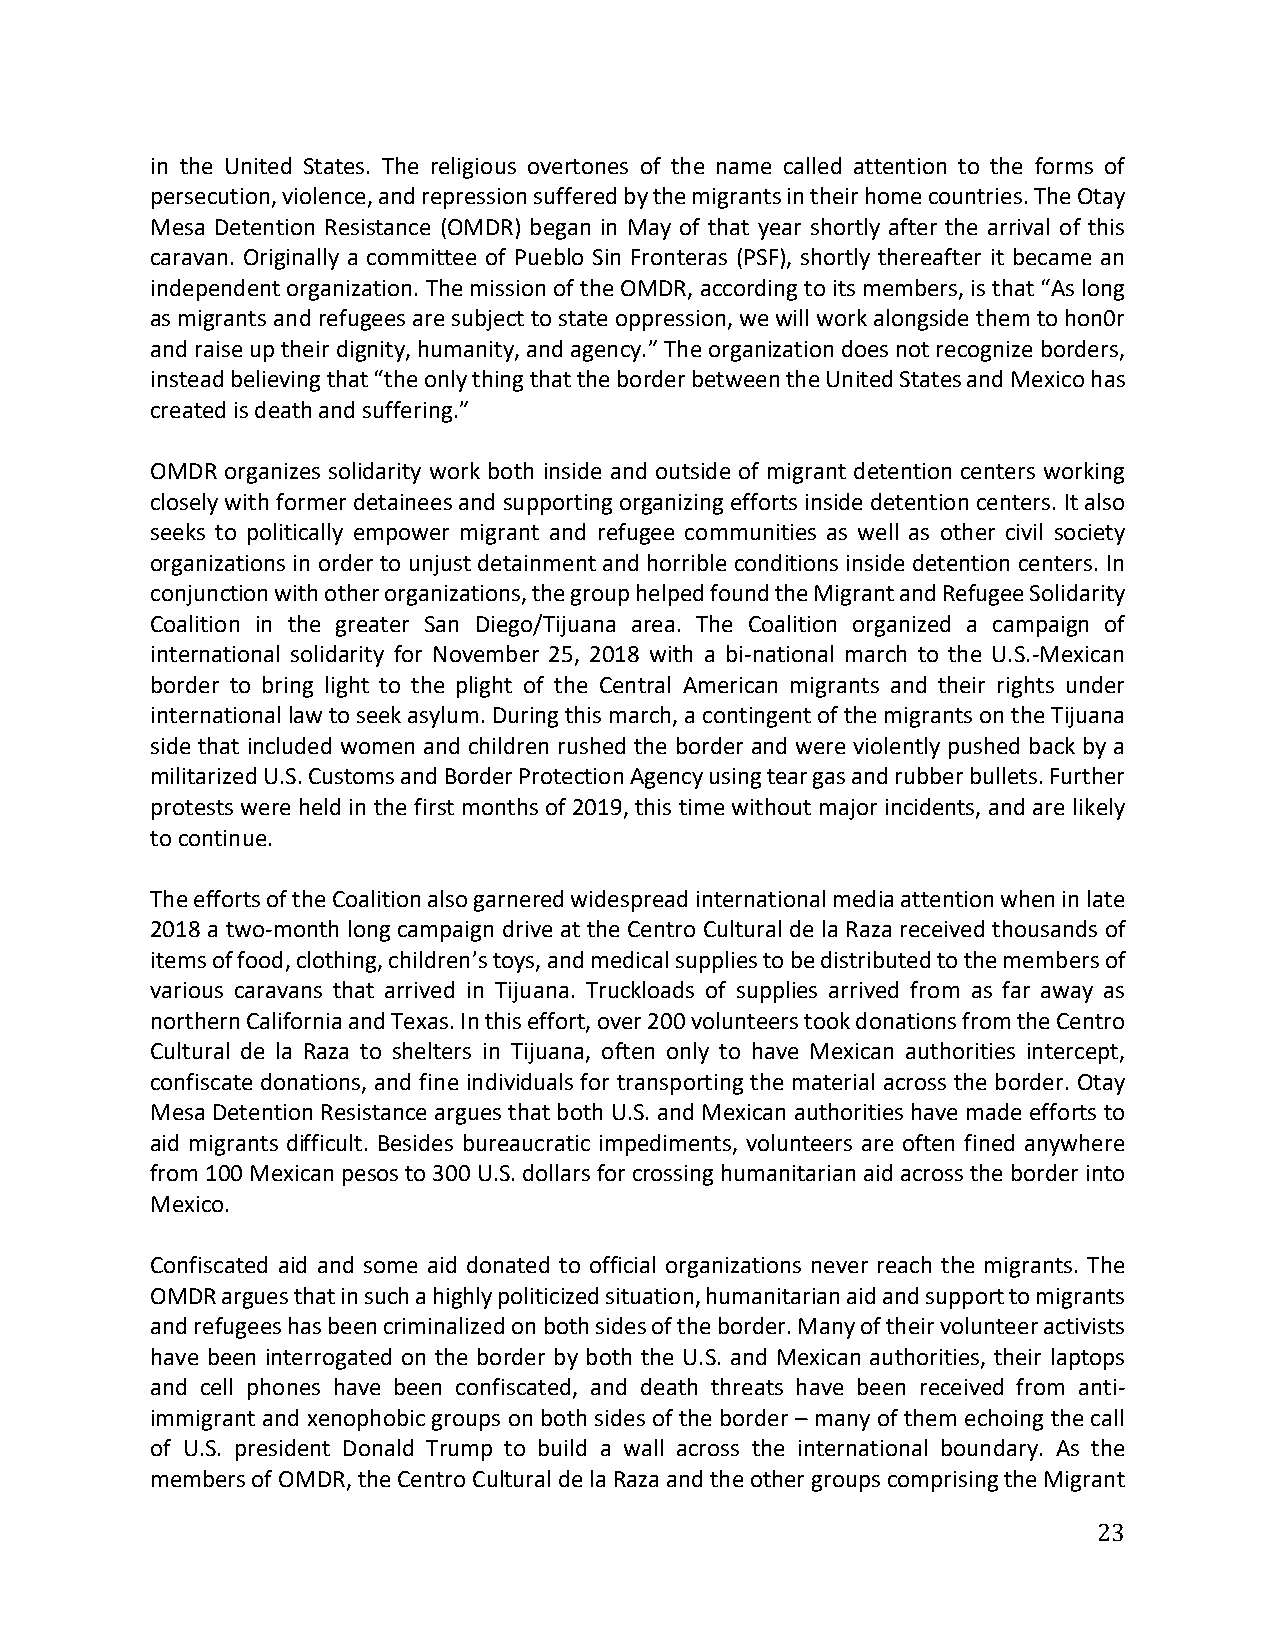
in the United States. The religious overtones of the name called attention to the forms of
 persecution, violence, and repression suffered by the migrants in their home countries. The Otay
 Mesa Detention Resistance (OMDR) began in May of that year shortly after the arrival of this
 caravan. Originally a committee of Pueblo Sin Fronteras (PSF), shortly thereafter it became an
 independent organization. The mission of the OMDR, according to its members, is that “As long
 as migrants and refugees are subject to state oppression, we will work alongside them to hon0r
 and raise up their dignity, humanity, and agency.” The organization does not recognize borders,
 instead believing that “the only thing that the border between the United States and Mexico has
 created is death and suffering.”
 OMDR organizes solidarity work both inside and outside of migrant detention centers working
 closely with former detainees and supporting organizing efforts inside detention centers. It also
 seeks to politically empower migrant and refugee communities as well as other civil society
 organizations in order to unjust detainment and horrible conditions inside detention centers. In
 conjunction with other organizations, the group helped found the Migrant and Refugee Solidarity
 Coalition in the greater San Diego/Tijuana area. The Coalition organized a campaign of
 international solidarity for November 25, 2018 with a bi-national march to the U.S.-Mexican
 border to bring light to the plight of the Central American migrants and their rights under
 international law to seek asylum. During this march, a contingent of the migrants on the Tijuana
 side that included women and children rushed the border and were violently pushed back by a
 militarized U.S. Customs and Border Protection Agency using tear gas and rubber bullets. Further
 protests were held in the first months of 2019, this time without major incidents, and are likely
 to continue.
 The efforts of the Coalition also garnered widespread international media attention when in late
 2018 a two-month long campaign drive at the Centro Cultural de la Raza received thousands of
 items of food, clothing, children’s toys, and medical supplies to be distributed to the members of
 various caravans that arrived in Tijuana. Truckloads of supplies arrived from as far away as
 northern California and Texas. In this effort, over 200 volunteers took donations from the Centro
 Cultural de la Raza to shelters in Tijuana, often only to have Mexican authorities intercept,
 confiscate donations, and fine individuals for transporting the material across the border. Otay
 Mesa Detention Resistance argues that both U.S. and Mexican authorities have made efforts to
 aid migrants difficult. Besides bureaucratic impediments, volunteers are often fined anywhere
 from 100 Mexican pesos to 300 U.S. dollars for crossing humanitarian aid across the border into
 Mexico.
 Confiscated aid and some aid donated to official organizations never reach the migrants. The
 OMDR argues that in such a highly politicized situation, humanitarian aid and support to migrants
 and refugees has been criminalized on both sides of the border. Many of their volunteer activists
 have been interrogated on the border by both the U.S. and Mexican authorities, their laptops
 and cell phones have been confiscated, and death threats have been received from anti-
 immigrant and xenophobic groups on both sides of the border – many of them echoing the call
 of U.S. president Donald Trump to build a wall across the international boundary. As the
 members of OMDR, the Centro Cultural de la Raza and the other groups comprising the Migrant
 23